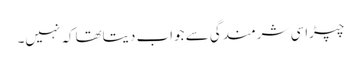
چپڑاسی شرمندگی سے جواب دیتاتھاکہ نہیں۔